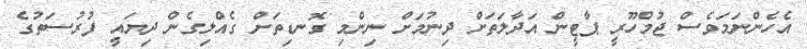
އެހެންނަމަވެސް ޖުމްހޫރީ ޕާޓީން އަދާލަތަށް ދިނުމަށް ނިންމި ގޮނޑިތަށް ގެއްލިގެން ދިޔައީ ފުރުސަތުގެ